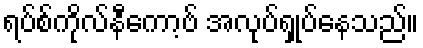
ရပ်စ်ကိုလ်နီကော့ဗ် အလုပ်ရှုပ်နေသည်။